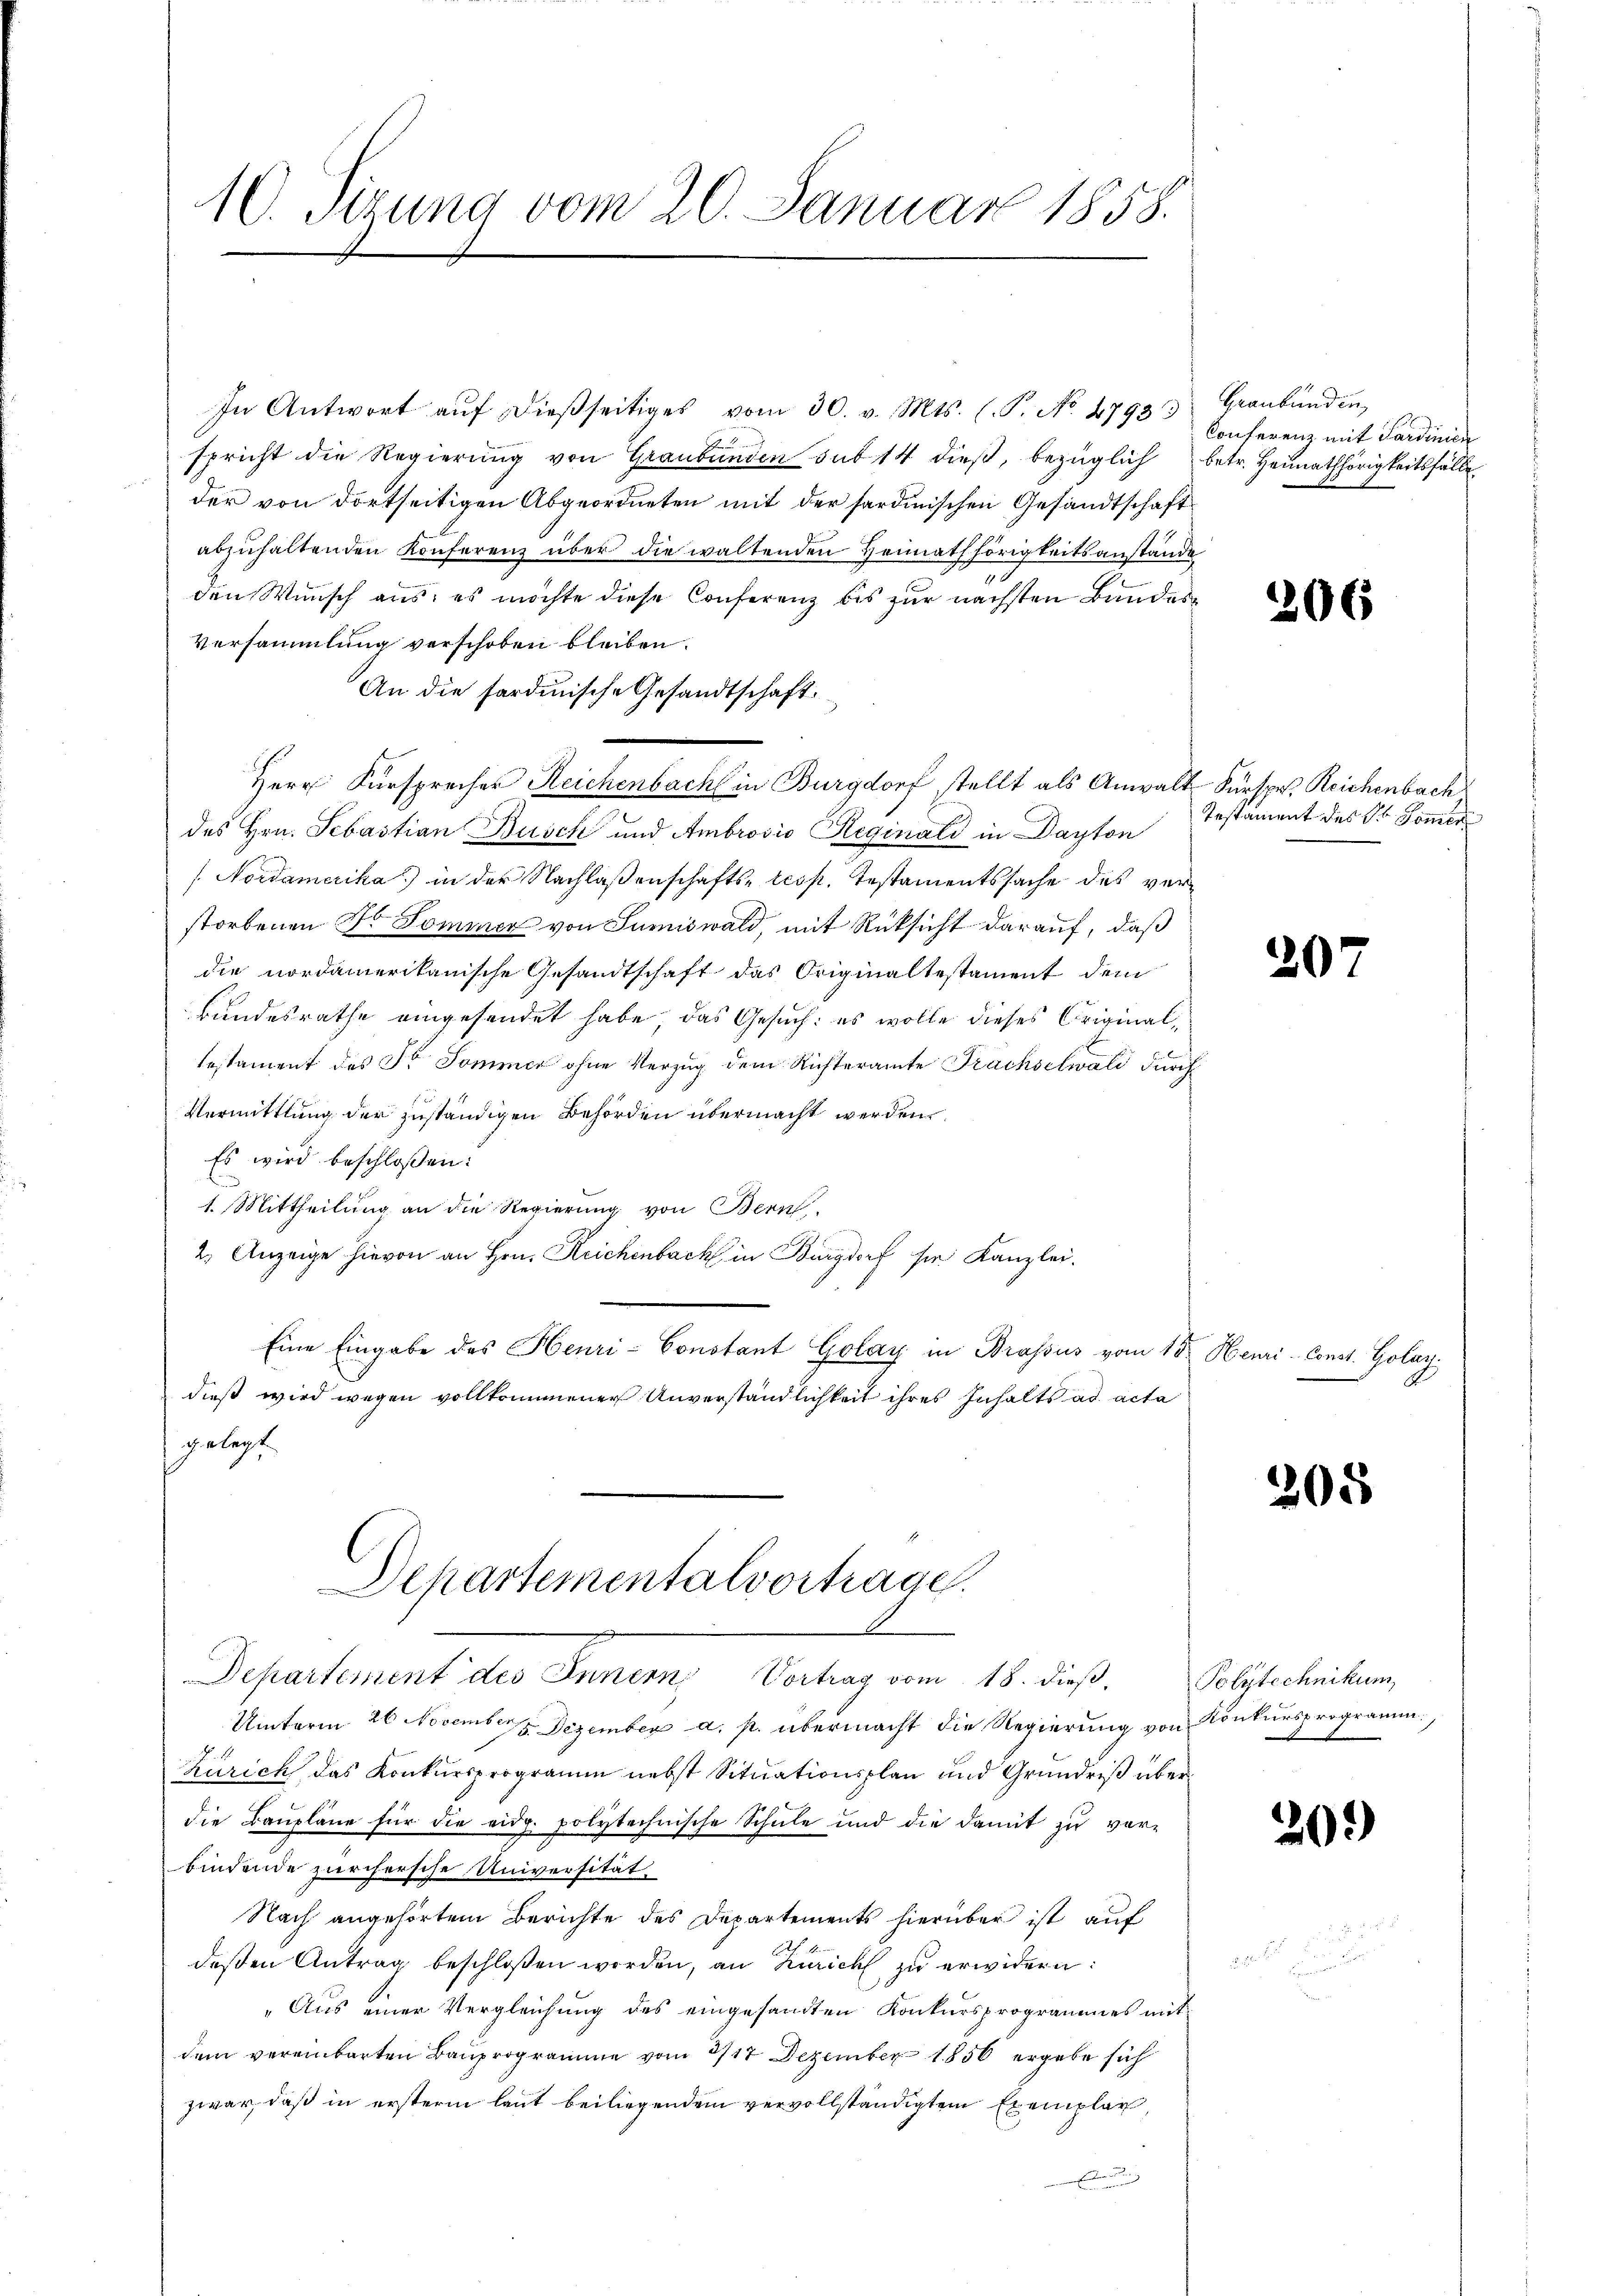
In Antwort aŭf dießseitiges vom 30. v. Mts. (T. No. 47933
spricht die Regierŭng von Graubünden sub 14 dieß, bezüglich betr. Heimathörigkeitsfälle
der von dortseitigen Abgeordneten mit der sardinischen Gesandtschaft
abzuhaltenden Konferenz über die waltenden Heimathörigkeitsanstande
den Wunsch aus: es möchte diese Conferenz bis zur nächsten Bandes¬
Versammlung verschoben bleiben.
An die sardinische Gesandtschaft
Herr Fürsprecher Reichenbach in Burgdorf stellt als Anwalt Fürspr. Reichenbach
des Hrn. Sebastian Busch und Ambrosio Reginali in Dayton
 Nordamerika) in der Nachlaßenschafts- resp. Testamentssache des verstorbenen Dr. Sommer von Sumiswald, mit Rüksicht darauf, daß
die nordamerikanische Gesandtschaft das Originaltestament dem
Bundesrathe eingesendet habe, das Gesuch: es wolle dieses Criginaltestament des Fr. Sommer ohne Verzug dem Richteramte Frachselwald durch
Vermittlung der zuständigen Behörden übermacht werden
Es wird beschlossen:
1. Mittheilung an die Regierung von Bern
2. Anzeige hievon an Hrn. Reichenbach in Burgdorf sie Kanzlei.
Eine Eingabe des Henri-Constant Golay in Brassus vom 15. Heuri- Const. Golay.
dieß wird wegen vollkommener Unverständlichkeit ihres Inhalts ad acta
gelegt
Departementalvortrage.
Departement des Innern Vortrag vom 18. dieß,
Unterm 26. November. Dezember a. p. übermacht die Regierung von Konkursprogramm,
Zürich das Konkursprogramm nebst Situationsplan und Grundriß überdie Baupläne für die eidg. polytechnische Schule und die damit zu vor-
bindende zürchersche Universität
Nach angehörtem Berichte des Departements hierüber ist auf
deßen Antrag beschloßen werden, an Zürich zu erwidern:
„Aus einer Vergleichung des eingesandten Konkursprogrammes mit
dem vereinbarten Bauprogramme vom 2/17 Dezember 1856 ergebe sich
zwar, daß in ersterm laut beiliegendem vervollständigten Exemplar,

10. Sizung vom 20. Januar 1858.

Graubünden,
Conferenz mit Sardinien

206

Testament des St. Sommen

207

205

Polytechnikum

203)